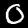
Digit: 0